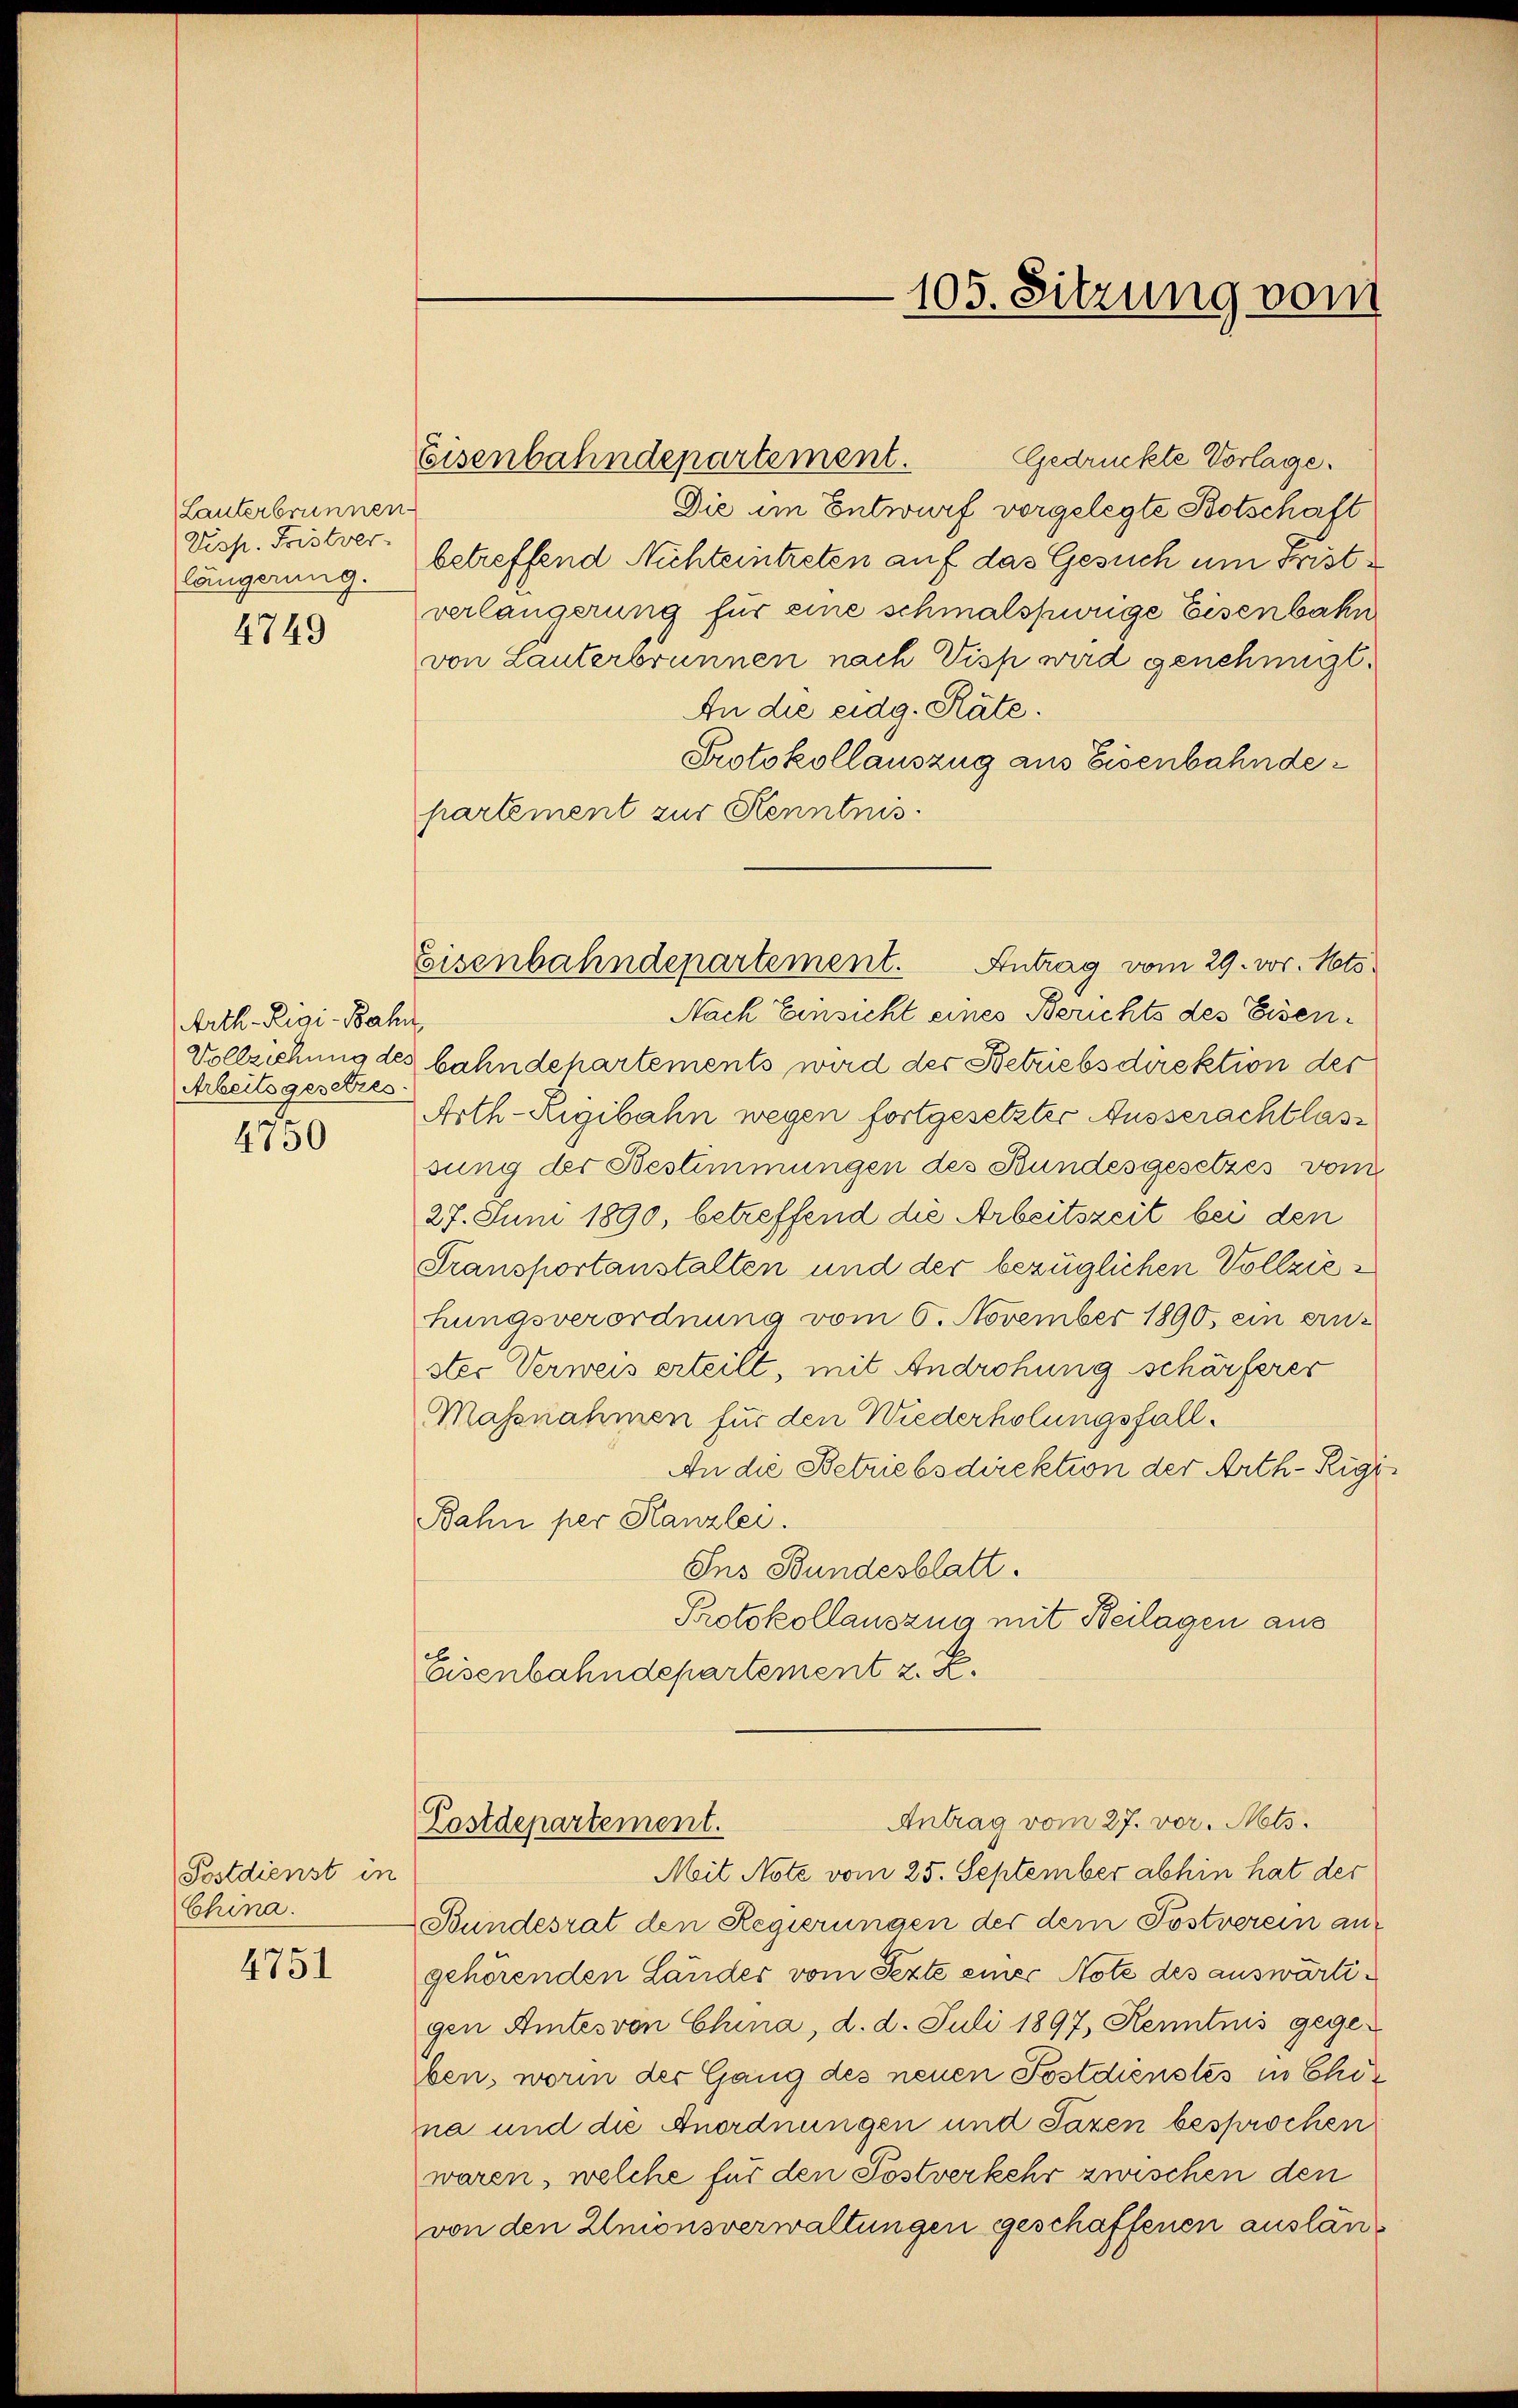
Lauterbrunnen
Disp. Fristver-
längerung.

4749

Arth-Rigi-Bahn
Arbeitsgesetzes.
4750

Postdienst in
China.

4751

Gedrückte Vorlage.
Eisenbahndepartement.
Die im Entwurf vorgelegte Botschaft
betreffend Nichteintreten auf das Gesuch um Fristverlängerung für eine schmalspurige Eisenbahn
von Lauterbrunnen nach Visp wird genehmigt.
An die eidg. Räte.
Protokollauszug aus Eisenbahndepartement zur Kenntnis
Nach Einsicht eines Berichts des Eisen¬
Vollziehung des bahndehartements wird der Betriebsdirektion der
Arth-Rigibahn wegen fortgesetzter Ausserachtlassung der Bestimmungen des Bundesgesetzes vom
27. Juni 1890, betreffend die Arbeitszeit bei den
Transportanstalten und der bezüglichen Vollziehungsverordnung vom 6. November 1890, ein einster Verweis erteilt, mit Androhung schärferer
Massnahmen für den Wiederholungsfall.
An die Betriebsdirektion der Arth-Rigi
Bahn per Kanzlei.
Ins Bundesblatt.
Protokollauszug mit Beilagen aus
Eisenbahndepartement z. K.

105. Sitzung vom

Eisenbahndepartement. Antrag vom 29. vor. Mts.

Mit Note vom 25. September abhin hat der
Bundesrat den Regierungen der dem Postverein angehörenden Länder vom Sezte einer Note des auswärtigen Amtes von China, d. d. Juli 1897, Kenntnis gege-
ben, worin der Gang des neuen Postdienstes in Chöna und die Anordnungen und Pazen besprochen
waren, welche für den Postverkehr zwischen den
von den Unionsverwaltungen geschaffenen auslan¬

Antrag vom 27. vor. Mts.
Lostdepartement.